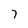
Character: 7